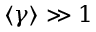
\langle \gamma \rangle \gg 1